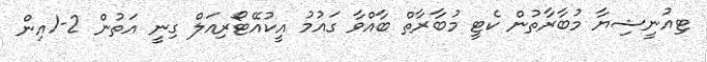
ޓިއުނީޝިޔާ މުބާރާތުން ކެޓީ މުބާރާތް ބާއްވާ ގައުމު އީކުއޭޓޯރިއަލް ގިނީ އަތުން 2-1އިން